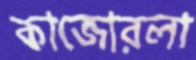
কাজোরলা